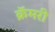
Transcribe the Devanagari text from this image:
क्रॅमरी